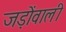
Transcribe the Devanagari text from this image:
जड़ोंवाली